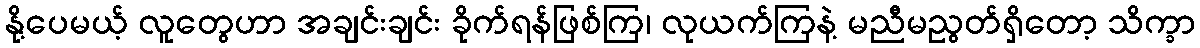
နို့ပေမယ့် လူတွေဟာ အချင်းချင်း ခိုက်ရန်ဖြစ်ကြ၊ လုယက်ကြနဲ့ မညီမညွတ်ရှိတော့ သိက္ခာ